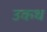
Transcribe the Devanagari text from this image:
उकथ